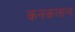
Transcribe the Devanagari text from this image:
कनकलाल